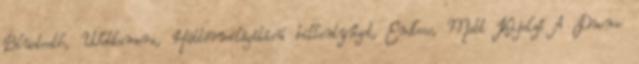
Bluetooth, Webkamera, Háttérvilágítású billentyűzet, Endless, Matt Kijelző A Duomo